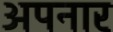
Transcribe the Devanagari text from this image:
अपनार